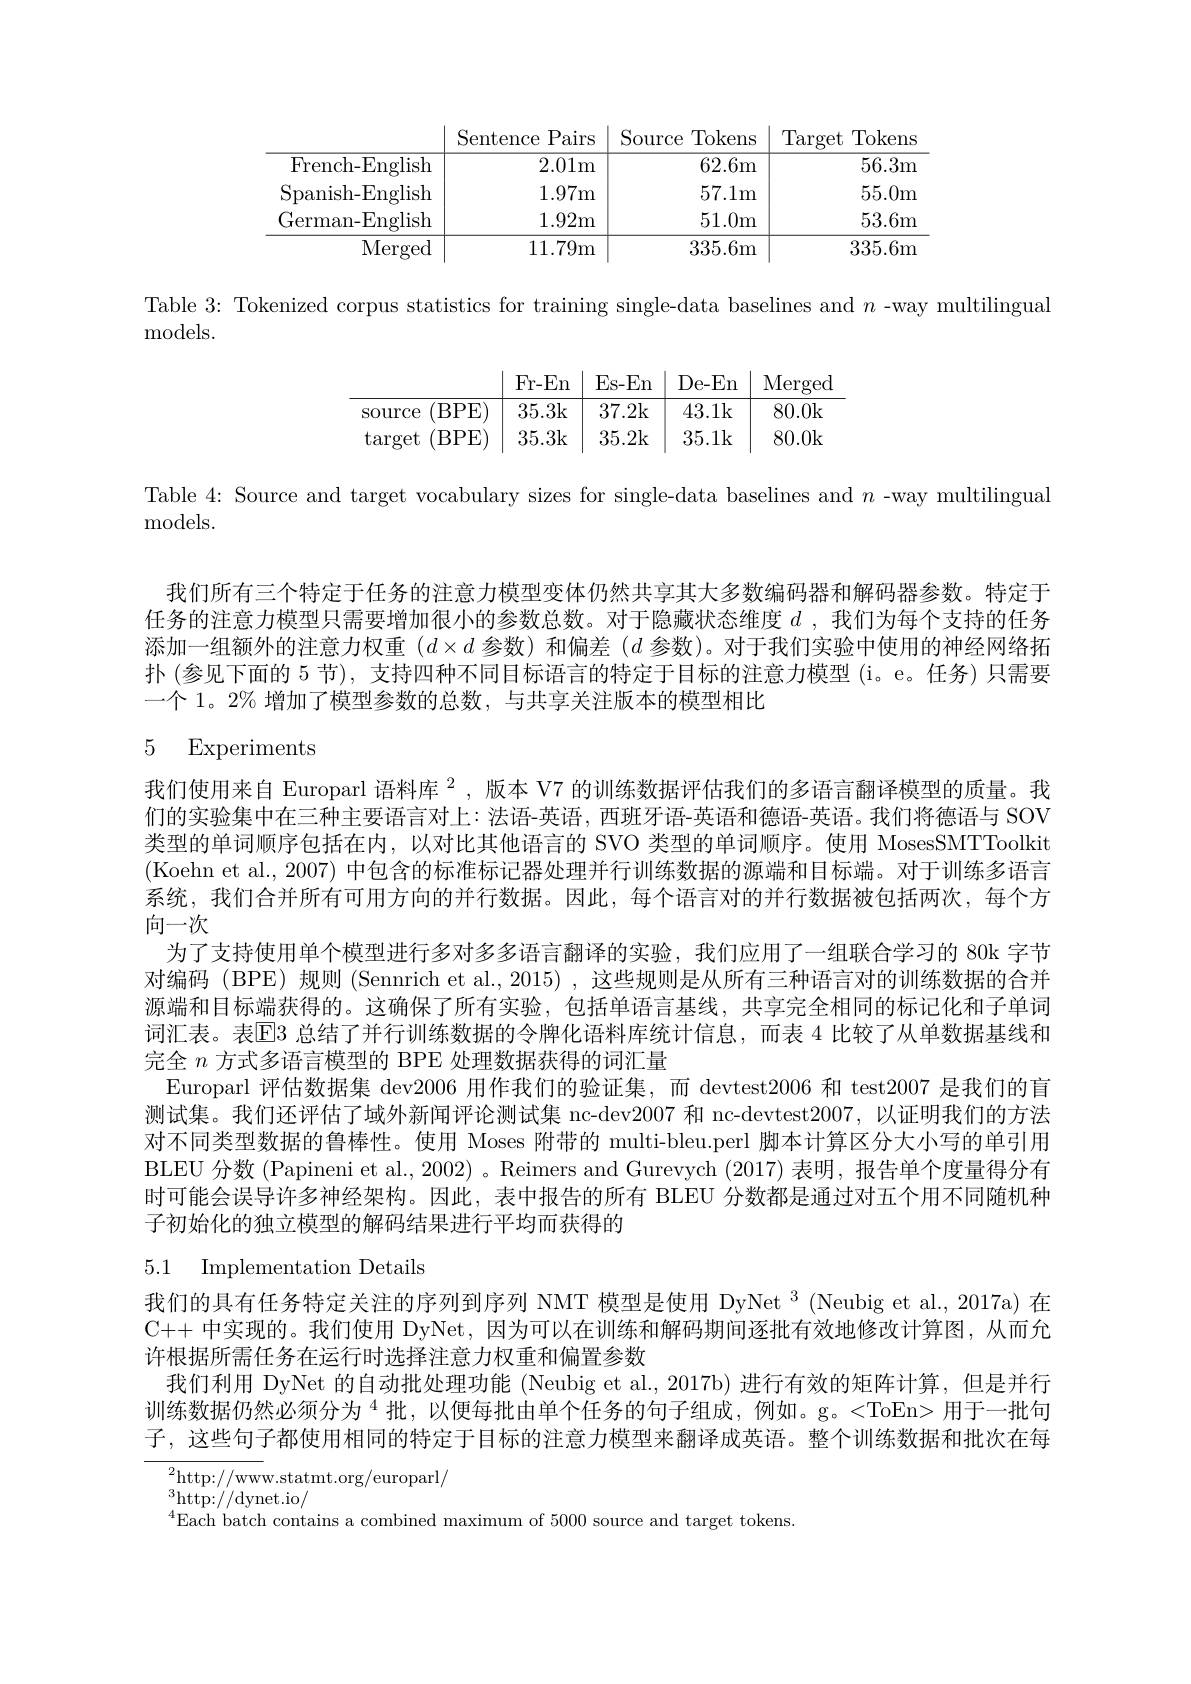
<table>
	<tbody>
		<tr>
			<th> </th>
			<th>Pairs Sentence</th>
			<th>Source Tokens</th>
			<th>Target Tokens</th>
		</tr>
		<tr>
			<td>French- English</td>
			<td>2.01m</td>
			<td>62.6m</td>
			<td>56.3m</td>
		</tr>
		<tr>
			<td>Spanish- English</td>
			<td>1.97m</td>
			<td>57.1m</td>
			<td>55.0m</td>
		</tr>
		<tr>
			<td>German-English</td>
			<td>1.92m</td>
			<td>51.0m</td>
			<td>53.6m</td>
		</tr>
		<tr>
			<td>Merged</td>
			<td>11.79m</td>
			<td>335.6m</td>
			<td>335.6m</td>
		</tr>
	</tbody>
</table>

Table 3: Tokenized corpus statistics for training single-data baselines and $n$ -way multilingual
${\mathrm{models.}}$

Table 4: Source and target vocabulary sizes for single-data baselines and $n$ -way multilingual
${\mathrm{models.}}$

我们所有三个特定于任务的注意力模型变体仍然共享其大多数编码器和解码器参数。特定于任务的注意力模型只需要增加很小的参数总数。对于隐藏状态维度$d$ ,我们为每个支持的任务添加一组额外的注意力权重$(d\times d$参数)和偏差$(d$参数)。对于我们实验中使用的神经网络拓扑 (参见下面的 5 节), 支持四种不同目标语言的特定于目标的注意力模型 (i。e。任务) 只需要一个 1。2% 增加了模型参数的总数，与共享关注版本的模型相比

# 5 Experiments

我们使用来自 Europarl 语料库$^{2}$,版本 V7 的训练数据评估我们的多语言翻译模型的质量。我们的实验集中在三种主要语言对上：法语-英语，西班牙语-英语和德语-英语。我们将德语与 SOV 类型的单词顺序包括在内，以对比其他语言的 SVO 类型的单词顺序。使用 MosesSMTToolkit (Koehn et al., 2007) 中包含的标准标记器处理并行训练数据的源端和目标端。对于训练多语言系统，我们合并所有可用方向的并行数据。因此，每个语言对的并行数据被包括两次，每个方向一次
为了支持使用单个模型进行多对多多语言翻译的实验，我们应用了一组联合学习的 80k 字节对编码(BPE)规则(Sennrich et al.,2015),这些规则是从所有三种语言对的训练数据的合并源端和目标端获得的。这确保了所有实验，包括单语言基线，共享完全相同的标记化和子单词词汇表。表El3 总结了并行训练数据的令牌化语料库统计信息，而表 4 比较了从单数据基线和完全$n$方式多语言模型的 BPE 处理数据获得的词汇量
Europarl 评估数据集 dev2006 用作我们的验证集，而 devtest2006 和 test2007 是我们的盲测试集。我们还评估了域外新闻评论测试集 nc-dev2007 和 nc-devtest2007,以证明我们的方法对不同类型数据的鲁棒性。使用 Moses 附带的 multi-bleu.perl 脚本计算区分大小写的单引用BLEU 分数 (Papineni et al., 2002) 。Reimers and Gurevych (2017)表明，报告单个度量得分有时可能会误导许多神经架构。因此，表中报告的所有 BLEU 分数都是通过对五个用不同随机种子初始化的独立模型的解码结果进行半均而获得的
5.1 Implementation Details

我们的具有任务特定关注的序列到序列 NMT 模型是使用 DyNet 3 (Neubig et al., 2017a) 在C++ 中实现的。我们使用 DyNet, 因为可以在训练和解码期间逐批有效地修改计算图，从而允许根据所需任务在运行时选择注意力权重和偏置参数
我们利用 DyNet 的自动批处理功能 (Neubig et al.,2017b) 进行有效的矩阵计算，但是并行训练数据仍然必须分为$^{4}$批，以便每批由单个任务的句子组成，例如。g。<ToEn> 用于一批句子，这些句子都使用相同的特定于目标的注意力模型来翻译成英语。整个训练数据和批次在每

${}^{2}$http://www.statmt.org/europarl/

$\underset{4\square}{\operatorname*{\operatorname*{\operatorname*{^{3}http:}}}//\operatorname*{dynet.io/}}_{4\square}$

$^{4}$Each batch contains a combined maximum of 5000 source and target tokens.